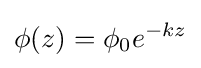
\phi (z)=\phi _{0}e^{-kz}